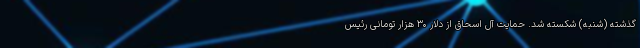
گذشته (شنبه) شکسته شد. حمایت آل اسحاق از دلار ۳۰ هزار تومانی رئیس